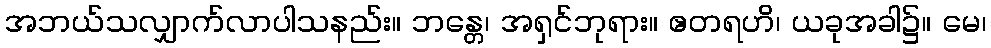
အဘယ်သလျှာက်လာပါသနည်း။ ဘန္တေ၊ အရှင်ဘုရား။ ဧတရဟိ၊ ယခုအခါ၌။ မေ၊